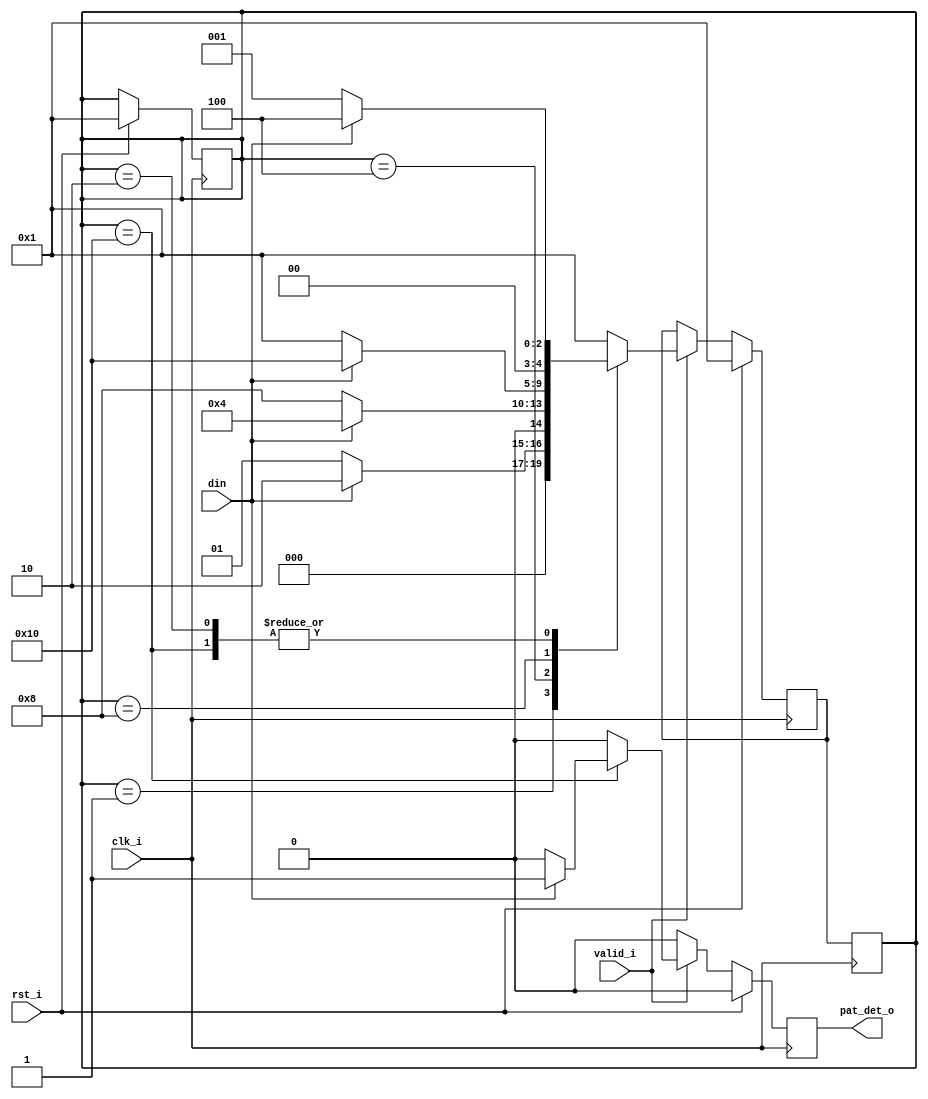
module patdetmealy(clk_i,rst_i,din,valid_i,pat_det_o);
parameter B=1'b1;
parameter C=1'b0;
parameter S_RESET=5'b00001;
parameter S_B=5'b00010;
parameter S_BB=5'b00100;
parameter S_BBC=5'b01000;
parameter S_BBCB=5'b10000;
input clk_i,rst_i;
input din;
input valid_i;
output reg pat_det_o;
reg [4:0] state;
reg [4:0] next_state;
always@(posedge clk_i) begin
	if (rst_i==1)begin
		pat_det_o=0;
		state=S_RESET;
		next_state=S_RESET;	
	end
	else begin
		if (valid_i==1)begin
			pat_det_o=0;
		case (state)
			S_RESET: 
			begin 
			if (din==B)
			begin
				next_state=S_B;
			end
			else begin
				next_state=S_RESET;
			end
				end
			S_B: 
			begin 
			if (din==B)
			begin
				next_state=S_BB;
			end
			else begin
				next_state=S_RESET;
			end
				end

			S_BB: 
			begin 
			if (din==B)
			begin
				next_state=S_BB;
			end
			else begin
				next_state=S_BBC;
			end
				end

			S_BBC: 
			begin 
			if (din==B)
			begin
				next_state=S_BBCB;
			end
			else begin
				next_state=S_RESET;
			end
				end

			S_BBCB: 
		begin 
			if (din==B)
			begin
				next_state=S_BB;
				pat_det_o=1;
			end
			else begin
				next_state=S_RESET;
			end
				end
			default: next_state=S_RESET;

		endcase
		end
		else begin
			pat_det_o=0;
		end	
	end
end	
always@(posedge clk_i)	
begin
	state=next_state;
end 
endmodule